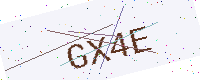
Text: GX4E